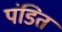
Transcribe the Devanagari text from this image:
पंडित